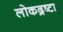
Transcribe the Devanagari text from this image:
लोकद्रष्टा